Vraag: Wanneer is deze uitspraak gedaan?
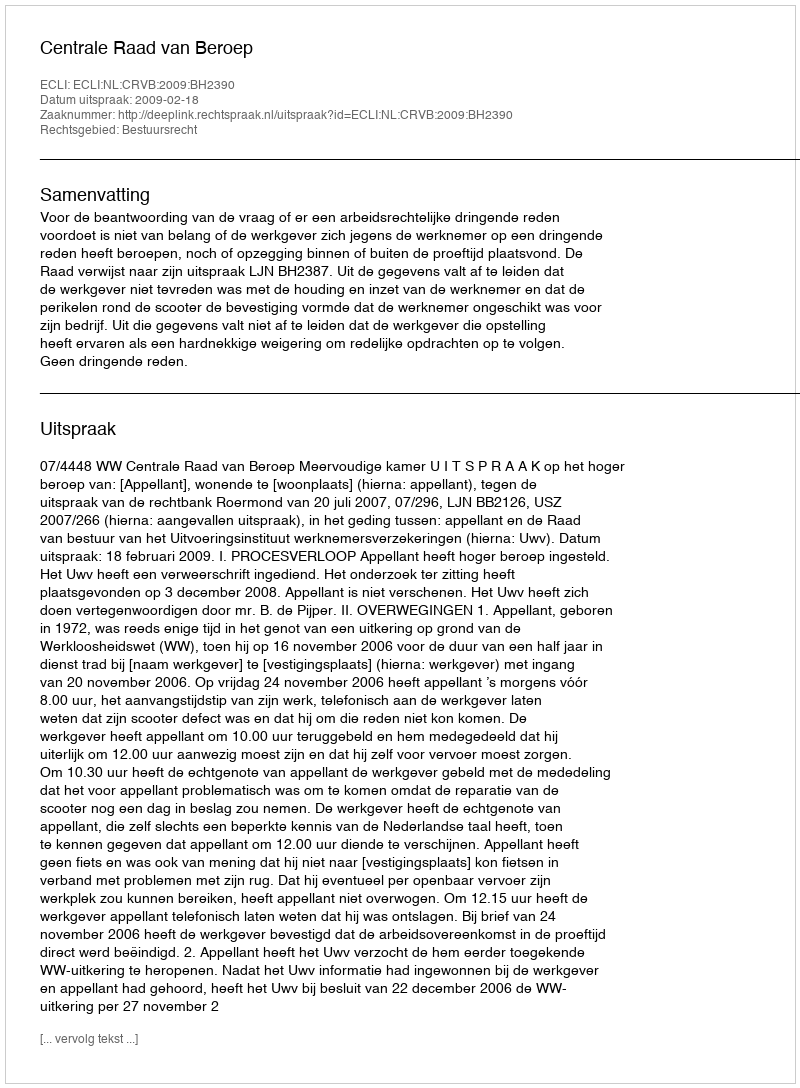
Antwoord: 2009-02-18